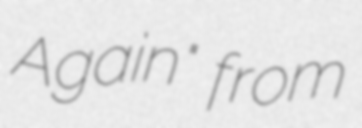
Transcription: Again" from